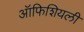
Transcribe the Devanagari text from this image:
ऑफिशियली